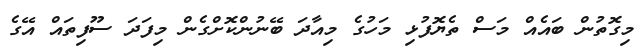
މިގޮތުން ބައެއް މަސް ތެޔޮފުޅި މަހުގެ މިއާދަ ބޭނުންކޮށްގެން މިފަދަ ސޫފިތައް އޭގެ